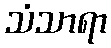
သံသာရာ